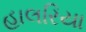
હાલરિયા